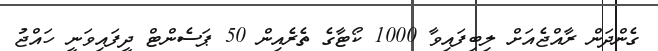
ގެންދަން ރާއްޖެއަށް ލިބިފައިވާ 1000 ކޯޓާގެ ތެރެއިން 50 ޕަސެންޓް ދީފައިވަނީ ހައްޖު